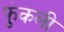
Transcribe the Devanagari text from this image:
फुंकली